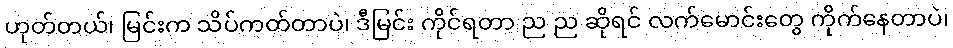
ဟုတ်တယ်၊ မြင်းက သိပ်ကတ်တာပဲ၊ ဒီမြင်း ကိုင်ရတာ ည ည ဆိုရင် လက်မောင်းတွေ ကိုက်နေတာပဲ၊